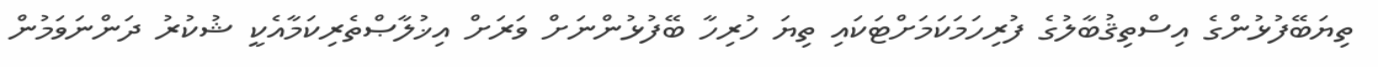
ތިޔަބޭފުޅުންގެ އިސްތިޤުބާލުގެ ފުރިހަމަކަމަށްޓަކައި ތިޔަ ހުރިހާ ބޭފުޅުންނަށް ވަރަށް އިޚުލާޞްތެރިކަމާއެކީ ޝުކުރު ދަންނަވަމުން